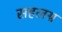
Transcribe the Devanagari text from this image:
सहलग्न